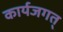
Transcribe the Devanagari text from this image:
कार्यजगत्